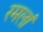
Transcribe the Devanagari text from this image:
रमलां